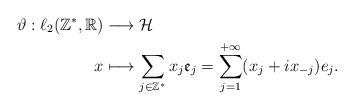
LaTeX: \begin{align*}\vartheta : \ell_2(\mathbb{Z}^*,\mathbb{R})&\longrightarrow \mathcal{H}\\x& \longmapsto \sum_{j\in \mathbb{Z}^*}x_j\mathfrak{e}_j=\sum_{j=1}^{+\infty}(x_j+i x_{-j})e_j.\end{align*}